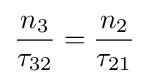
{\frac {n_{3}}{\tau _{32}}}={\frac {n_{2}}{\tau _{21}}}